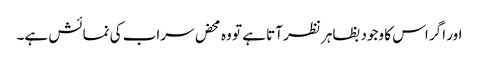
اور اگر اس کا وجود بظاہر نظر آتا ہے تو وہ محض سراب کی نمائش ہے۔